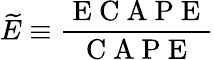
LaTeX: \widetilde{E}\equiv\frac{\mathrm{~E~C~A~P~E~}}{\mathrm{~C~A~P~E~}}